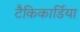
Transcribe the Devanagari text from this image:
टैकिकार्डिया